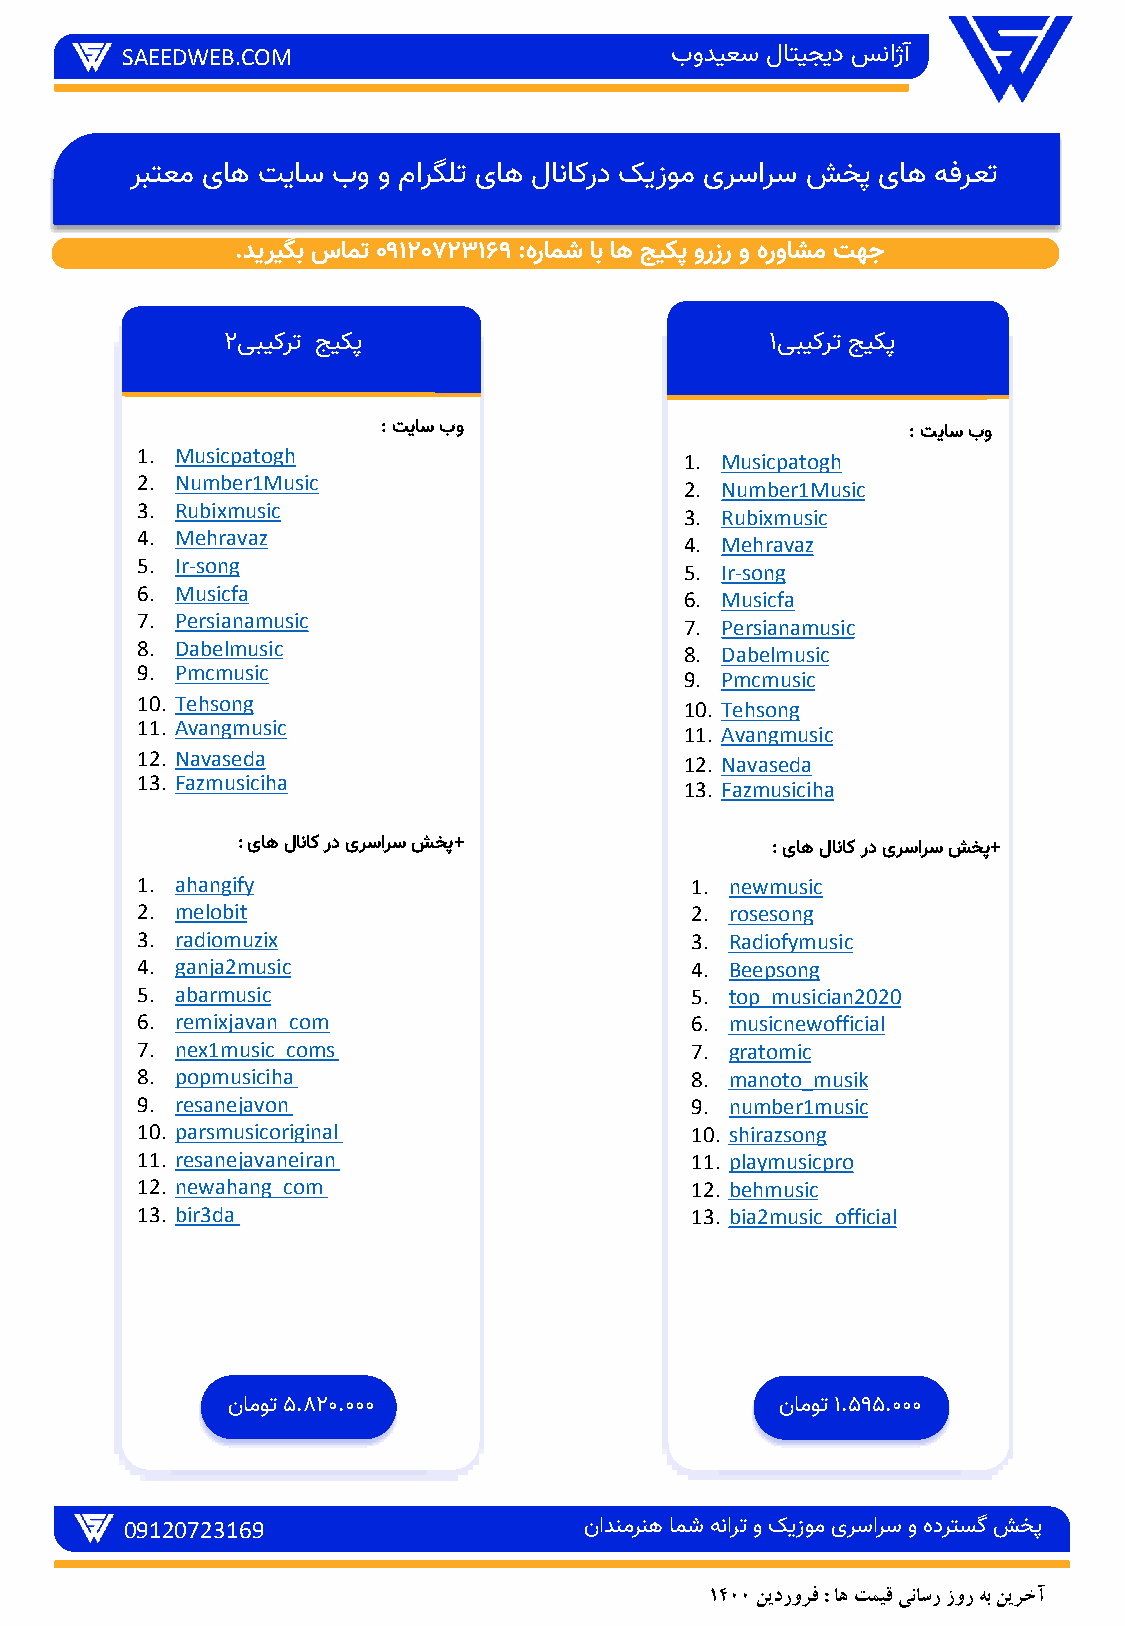
SAEEDWEB.COM                        بودیعس لاتیجید سناژآ
 ربتعم یاه تیاس بو و مارگلت یاه لاناکرد کیزوم یرسارس شخپ یاه هفرعت
 .دیریگب سامت 09120723169 :هرامش اب اه جیکپ ورزر و هرواشم تهج
 2یبیکرت جیکپ                        1یبیکرت جیکپ
 : تیاس بو                          : تیاس بو
 1. Musicpatogh
 1. Musicpatogh
 2. Number1Music
 2. Number1Music
 3. Rubixmusic
 3. Rubixmusic
 4. Mehravaz
 4. Mehravaz
 5. Ir-song
 5. Ir-song
 6. Musicfa
 6. Musicfa
 7. Persianamusic
 7. Persianamusic
 8. Dabelmusic
 8. Dabelmusic
 9. Pmcmusic
 9. Pmcmusic
 10. Tehsong
 10. Tehsong
 11. Avangmusic
 11. Avangmusic
 12. Navaseda
 12. Navaseda
 13. Fazmusiciha
 13. Fazmusiciha
 : یاه لاناک رد یرسارس شخپ+         : یاه لاناکرد یرسارس شخپ+
 1. ahangify                          1. newmusic
 2. melobit                           2. rosesong
 زنرب جیکپ
 3. radiomuzix                        3. Radiofymusic
 4. ganja2music                       4. Beepsong
 5. abarmusic                         5. top_musician2020
 یا هرقن جیکپ
 6. remixjavan_com                    6. musicnewofficial
 7. nex1music_coms                    7. gratomic
 8. popmusiciha                       8. manoto_musik
 9. resanejavon                       9. number1music
 10. parsmusicoriginal                10. shirazsong
 11. resanejavaneiran                 11. playmusicpro
 12. newahang_com                     12. behmusic
 13. bir3da                           13. bia2music_official
 ناموت5.820.000                       ناموت1.595.000
 09120723169                    نادنمرنه امش هنارت و کیزوم یرسارس و هدرتسگ شخپ
 1400 نیدرورف : اه تمیق یناسر زور هب نیرخآ